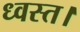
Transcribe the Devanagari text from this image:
ध्वस्त।